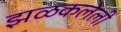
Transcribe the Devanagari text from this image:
झळकलेली